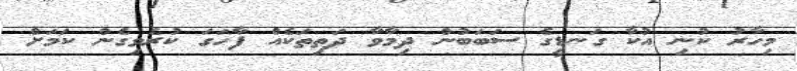
މިހާރު ކުނި އުކާ ގަނޑީގެ ސަބަބުން ދިމާވާ ދަތިތަކެއް ފާހަގަ ކުރެވިގެން ކަމަށް